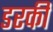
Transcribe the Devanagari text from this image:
डरकी